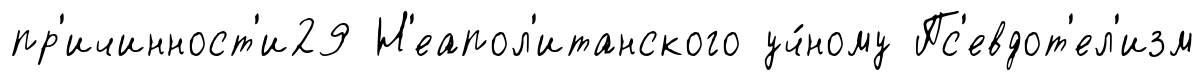
пр'ичинност'и29 Н'еапол'итанского уч́ному Пс'евдот'ел'изм